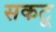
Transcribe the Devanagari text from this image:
सकटू